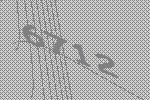
6712